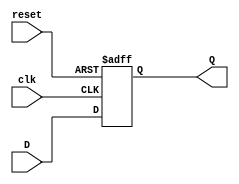
// Code your design here
module d_flip_flop (Q,D,clk,reset);
input D;
input clk;
input reset;
output reg Q;

always @(posedge clk or posedge reset)
  begin
    if (reset == 1'b1 )
        Q <= 1'b0;
    else
        Q <= D;
  end
endmodule